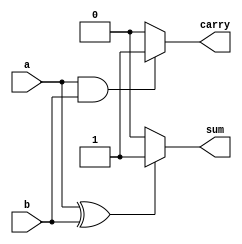
module halfAdderGate (
    a, b, sum, carry
);
input a, b;
output sum, carry;
reg sum, carry;

always @(a or b or sum or carry) begin
    if(a==1'b1 && b==1'b1)
        carry = 1'b1;
    else 
        carry = 1'b0;
    if(a==1'b1 ^ b==1'b1)
        sum = 1'b1;
    else
        sum = 1'b0;
end
endmodule

module halfAdderTestBench;
reg a, b;
wire sum, carry;
halfAdderGate i(a, b, sum, carry);

initial begin
    a=1'b0;
    b=1'b0;

    $monitor("Time: %0t a=%b b=%b sum=%b carry=%b", $time, a, b, sum, carry);
    #5 a=1'b0; b=1'b0;
    #5 a=1'b0; b=1'b1;
    #5 a=1'b1; b=1'b0;
    #5 a=1'b1; b=1'b1;
end
endmodule